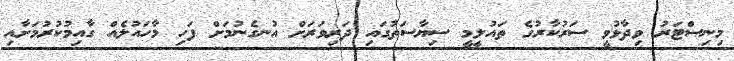
މިނިސްޓަރު ވިދާޅުވީ ސަރުކާރުގެ ތައުލީމީ ސިޔާސަތުގައި ދަރިވަރަށް އުނގެނުމަށް ފަހި މާހައުލެއް ގާއިމުކުރުމަށާއި